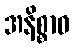
အနိစ္စာဝ